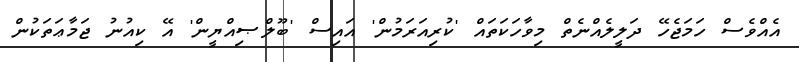
އެއްވެސް ހަމަޖެހޭ ދަލީލެއްނެތް މިވާހަކަތައް 'ކުރިއަރަމުން' އައިސް 'ބޫލްޞިއްޔީން' އޭ ކިއުނު ޖަމާޢަތަކުން